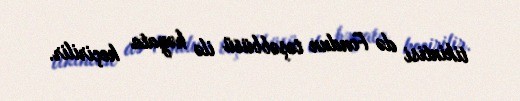
tikintisi də Fondun təşəbbüsü ilə həyata keçirilir.